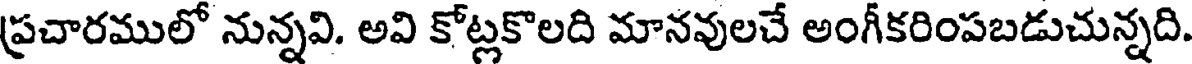
ప్రచారములో నున్నవి. అవి కోట్లకొలది మానవులచే అంగీకరింపబడుచున్నది.